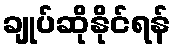
ချုပ်ဆိုနိုင်ရန်